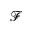
\mathcal { F }